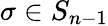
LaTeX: \sigma\in S_{n-1}